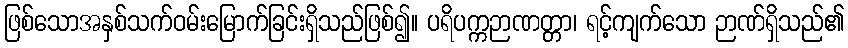
ဖြစ်သောအနှစ်သက်ဝမ်းမြောက်ခြင်းရှိသည်ဖြစ်၍။ ပရိပက္ကဉာဏတ္တာ၊ ရင့်ကျက်သော ဉာဏ်ရှိသည်၏